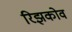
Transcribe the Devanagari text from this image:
रिझकोव